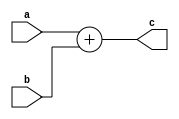
module and_module (a,b,c);

input a,b;
output c;

assign c = a+b;

endmodule